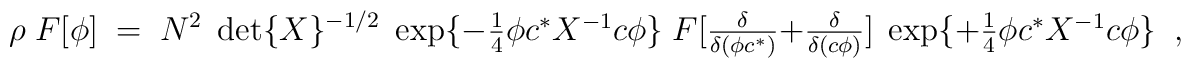
\rho\; F[\phi ]\; =\; N^2\;\det \{ X\}^{-1/2}\;\exp\{-\textstyle{\frac{1}{4}}\phi c^{\ast}X^{-1}c\phi\}\;F[\frac{\delta}{\delta (\phi c^{\ast})}+\frac{\delta}{\delta (c\phi )}]\;\exp\{+\textstyle{\frac{1}{4}}\phi c^{\ast}X^{-1}c\phi\}\;\;,